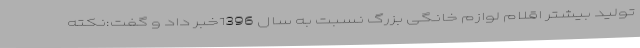
تولید بیشتر اقلام لوازم خانگی بزرگ نسبت به سال 1396خبر داد و گفت:نکته